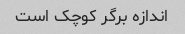
اندازه برگر کوچک است